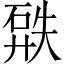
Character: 𥓹